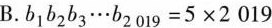
B. $$b _ { 1 } b _ { 2 } b _ { 3 } \cdots b _ { 2 0 1 9 } = 5 \times 2 0 1 9$$